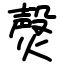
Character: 㷫